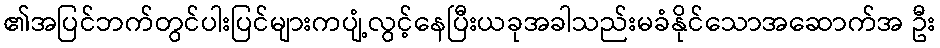
၏အပြင်ဘက်တွင်ပါးပြင်များကပျံ့လွင့်နေပြီးယခုအခါသည်းမခံနိုင်သောအဆောက်အ ဦး